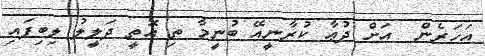
އަހަރެން  އަށް ދުޢާ ކުރާނީއޭ ބުނީމާ ތި އޮތީ ދަލީލު ލިބިފައި